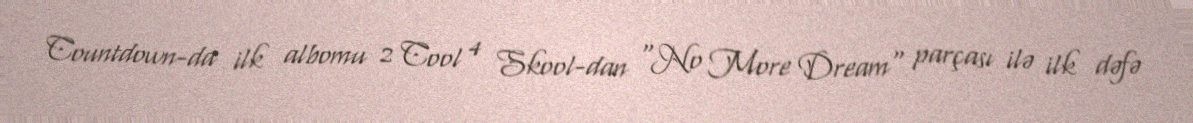
Countdown-da ilk albomu 2 Cool 4 Skool-dan "No More Dream" parçası ilə ilk dəfə